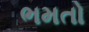
ભમતો